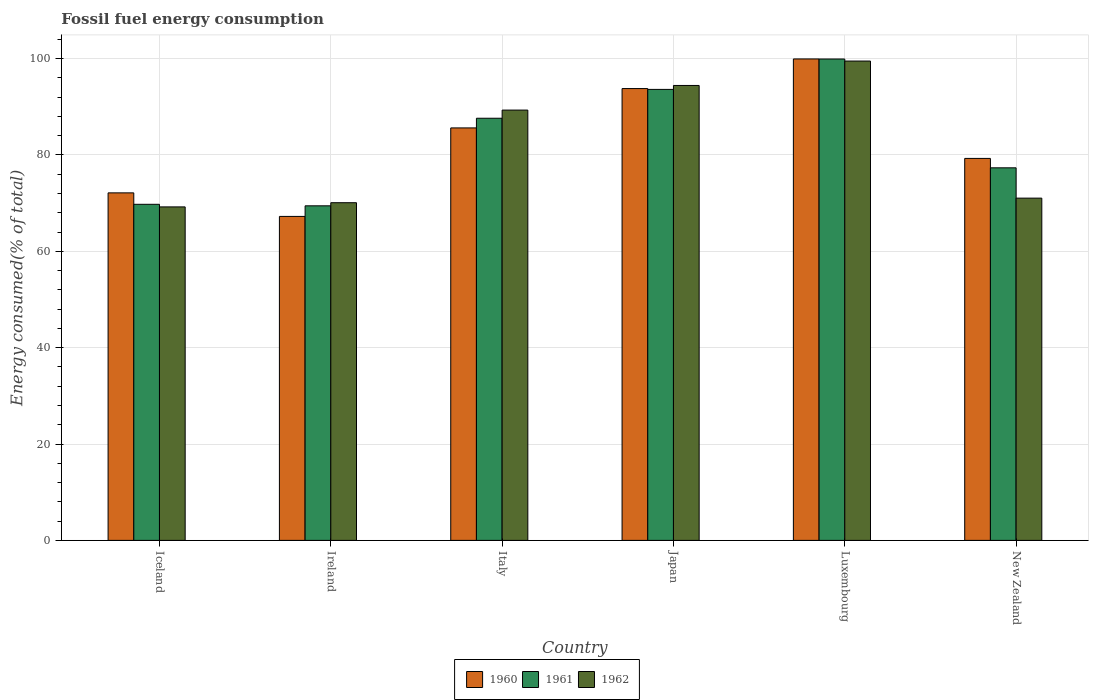
| Country | 1960 | 1961 | 1962 |
 | --- | --- | --- | --- |
 | Iceland | 72.1 | 69.8 | 69.2 |
 | Ireland | 67.2 | 69.4 | 70.1 |
 | Italy | 85.6 | 87.6 | 89.3 |
 | Japan | 93.8 | 93.6 | 94.4 |
 | Luxembourg | 99.9 | 99.9 | 99.5 |
 | New Zealand | 79.3 | 77.3 | 71 |